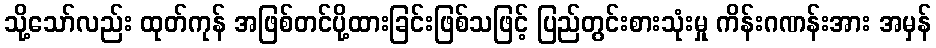
သို့သော်လည်း ထုတ်ကုန် အဖြစ်တင်ပို့ထားခြင်းဖြစ်သဖြင့် ပြည်တွင်းစားသုံးမှု ကိန်းဂဏန်းအား အမှန်